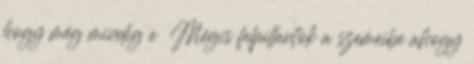
hogy még mindig e Mégis felpillantok a szemeibe ahogy